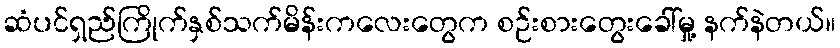
ဆံပင်ရှည်ကြိုက်နှစ်သက်မိန်းကလေးတွေက စဉ်းစားတွေးခေါ်မှု့ နက်နဲတယ်။